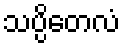
သပ္ပိတေလံ